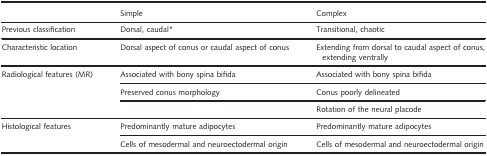
|  | Simple | Complex |
 | --- | --- | --- |
 | Previous classification | Dorsal, caudala | Transitional, chaotic |
 | Characteristic location | Dorsal aspect of conus or caudal aspect of conus | Extending from dorsal to caudal aspect of conus, extending ventrally |
 | <ROWSPAN=3> Radiological features (MR) | Associated with bony spina bifida | Associated with bony spina bifida |
 | Preserved conus morphology | Conus poorly delineated |
 |  | Rotation of the neural placode |
 | <ROWSPAN=2> Histological features | Predominantly mature adipocytes | Predominantly mature adipocytes |
 | Cells of mesodermal and neuroectodermal origin | Cells of mesodermal and neuroectodermal origin |